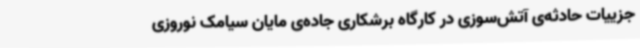
جزییات حادثه‌ی آتش‌سوزی در کارگاه برشکاری جاده‌ی مایان سیامک نوروزی